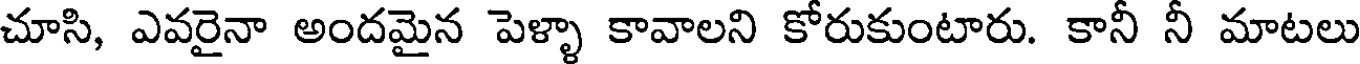
చూసి, ఎవరైనా అందమైన పెళ్ళా కావాలని కోరుకుంటారు. కానీ నీ మాటలు